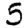
Digit: 5